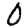
Digit: 0